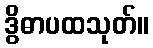
ဒွိဓာပထသုတ်။